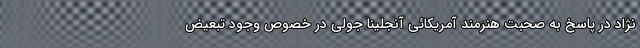
نژاد در پاسخ به صحبت هنرمند آمریکائی آنجلینا جولی در خصوص وجود تبعيض